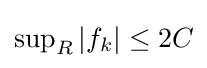
\textstyle \sup _{R}|f_{k}|\leq 2C